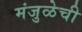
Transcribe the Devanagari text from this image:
मंजुळेची